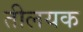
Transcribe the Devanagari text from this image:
तीलयक